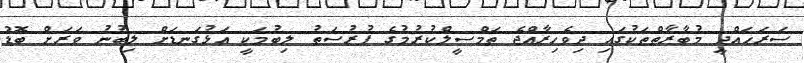
ސަރަހައްދީ މުބާރާތްތަކުގައި ދިވެހިރާއްޖެ ތަމްސީލްކުރުމުގެ ފުރުސަތު ލިބުމަކީ އަޅުގަނޑަށް ލިބުނު ވަރަށް ބޮޑު